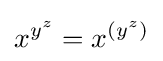
x^{y^{z}}=x^{(y^{z})}